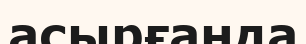
асырғанда